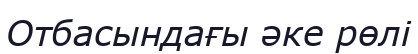
Отбасындағы әке рөлі